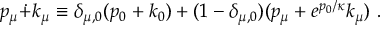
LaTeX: p _ { \mu } \dot { + } k _ { \mu } \equiv \delta _ { \mu , 0 } ( p _ { 0 } + k _ { 0 } ) + ( 1 - \delta _ { \mu , 0 } ) ( p _ { \mu } + e ^ { p _ { 0 } / \kappa } k _ { \mu } ) ~ .